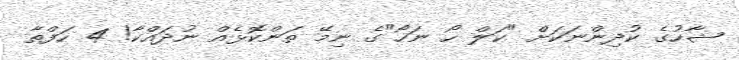
ޝާހުގެ ކުދިންނަކަށް "ކަލް ހޯ ނަހޯ"ގެ ނިމޭ ތަންކޮޅެއް ނުދައްކާ! 4 ހަފްތާ